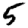
Digit: 5